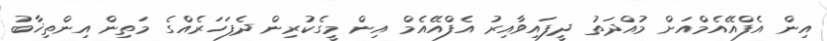
އިން އެފްއޭއެމްއަށް މުއްދަތު ދީފައިވާއިރު އެފްއޭއެމް އިން މީގެކުރިން ދެފަހަރެއްގެ މަތިން އިންތިޚާބު